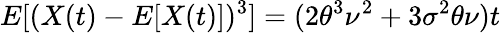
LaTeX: E[(X(t)-E[X(t)])^{3}]=(2\theta^{3}\nu^{2}+3\sigma^{2}\theta\nu)t